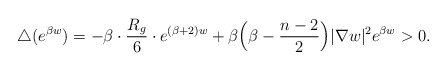
\begin{align*}\triangle (e^{\beta w})=-\beta\cdot\frac{R_g}{6}\cdot e^{(\beta+2)w}+\beta\Big(\beta-\frac{n-2}{2}\Big)|\nabla w|^2e^{\beta w}>0.\end{align*}